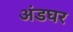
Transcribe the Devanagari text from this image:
अंडघर